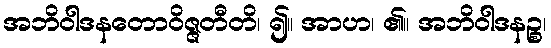
အဘိဝါဒနတောဝိဇ္ဇတီတိ၊ ၍။ အာဟ၊ ၏။ အဘိဝါဒနဉ္စ၊